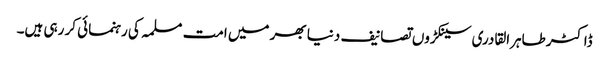
ڈاکٹر طاہرالقادری سینکڑوں تصانیف دنیا بھر میں امت مسلمہ کی رہنمائی کر رہی ہیں۔